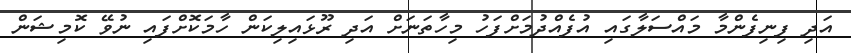
އަދި ފިނިފެންމާ މައްސަލާގައި އުފެއްދުމަށްފަހު މިހާތަނަށް އަދި ރޫޅައިލިކަން ހާމަކޮށްފައި ނުވޭ ކޮމިޝަން